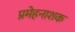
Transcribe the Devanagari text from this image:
प्रमेहनाशक